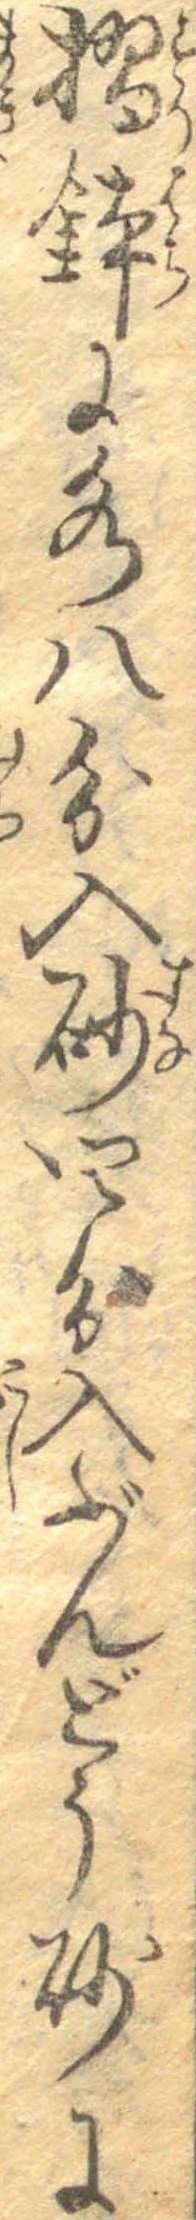
摺鉢に水八分入砂四分入ぶんどう砂に